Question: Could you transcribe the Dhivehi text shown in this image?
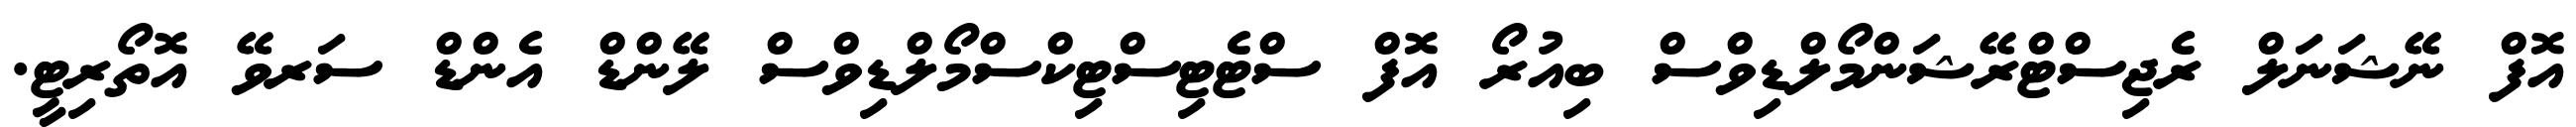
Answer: އޮފް ނޭޝަނަލް ރެޖިސްޓްރޭޝަންމޯލްޑިވްސް ބިއުރޯ އޮފް ސްޓެޓިސްޓިކްސްމޯލްޑިވްސް ލޭންޑް އެންޑް ސަރވޭ އޮތޯރިޓީ.